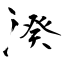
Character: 湀